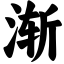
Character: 渐